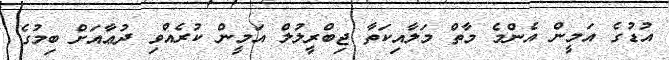
އުޑުގެ އަމީން އެންމެ މާތް މަލާއިކަތާ ޖިބްރީލުލް އަމީން ކުރެއްވި ދުޢާއަށް ބިމުގެ